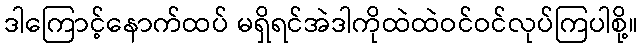
ဒါကြောင့်နောက်ထပ် မရှိရင်အဲဒါကိုထဲထဲဝင်ဝင်လုပ်ကြပါစို့။